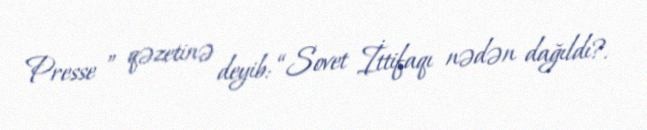
Presse ” qəzetinə deyib: “Sovet İttifaqı nədən dağıldı?.